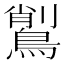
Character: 𪃅